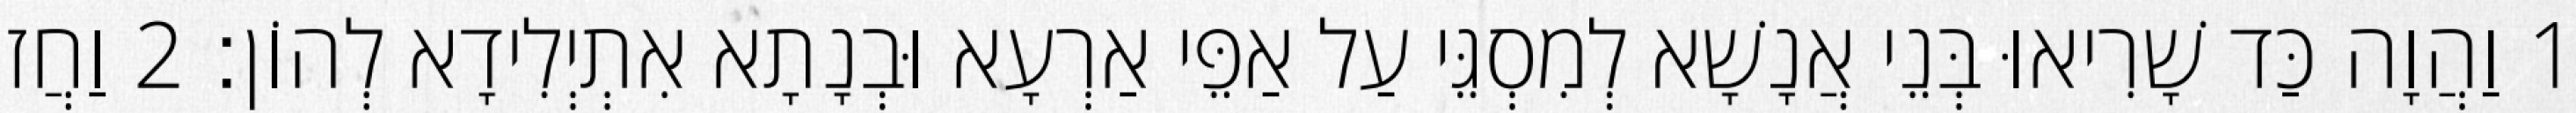
1 וַהֲוָה כַּד שָׁרִיאוּ בְּנֵי אֲנָשָׁא לְמִסְגֵּי עַל אַפֵּי אַרְעָא וּבְנָתָא אִתְיְלִידָא לְהוֹן׃ 2 וַחֲזוֹ